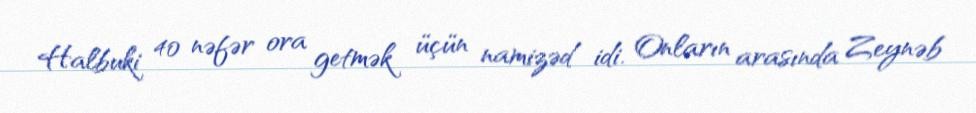
Halbuki 40 nəfər ora getmək üçün namizəd idi. Onların arasında Zeynəb